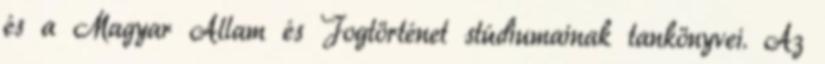
és a Magyar Állam és Jogtörténet stúdiumainak tankönyvei. Az